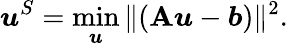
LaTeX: \boldsymbol{u}^{S}=\operatorname*{min}_{\boldsymbol{u}}\| (\mathbf{A}\boldsymbol{u}-\boldsymbol{b})\| ^{2}.